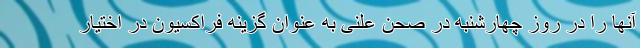
آنها را در روز چهارشنبه در صحن علنی به عنوان گزینه فراكسیون در اختیار